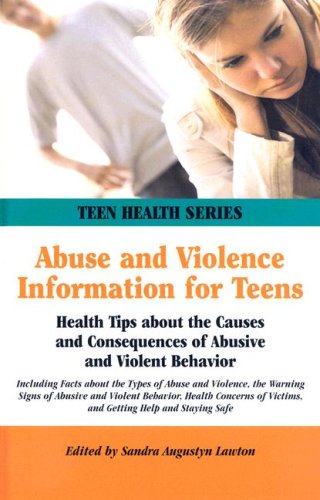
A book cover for Abuse And Violence Information For Teens: Health Tips About The Causes And Consequences Of Abusive And Violent Behavior Including Facts About Types Of ... Warning Signs Of Abuse (Teen Health Series); Sandra Augustyn Lawton; Teen & Young Adult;